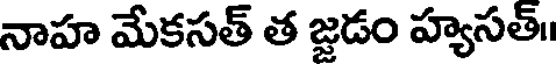
నాహ మేకసత్ త జడం హ్యసత్॥